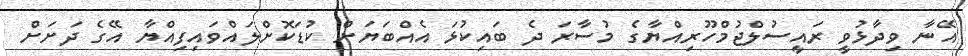
އޭނާ ވިދާޅުވީ ރައީސުލްޖުމްހޫރިއްޔާގެ މުސާރަ ދެ ބައިކުޅަ އެއްބަޔަށް ކުޑަކޮށްލައްވައިފިއްޔާ އޭގެ ދަށަށް